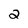
Character: 2